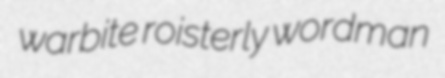
warbite roisterly wordman